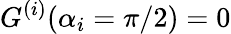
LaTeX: G^{(i)}(\alpha_{i}=\pi/2)=0